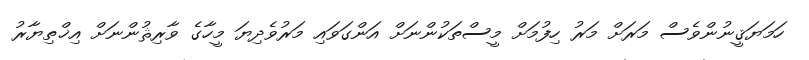
ހަމަޔަޤީނުންވެސް މަރަށް މަރު ހިފުމަށް މީސްތަކުންނަށް އަންގަވައި މަރުވެދިޔަ މީހާގެ ވާރިޘުންނަށް އިޚްތިޔާރު